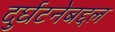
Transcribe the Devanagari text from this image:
दुर्घटनेबद्दल